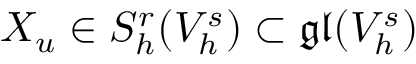
X _ { u } \in S _ { h } ^ { r } ( V _ { h } ^ { s } ) \subset \mathfrak { g l } ( V _ { h } ^ { s } )